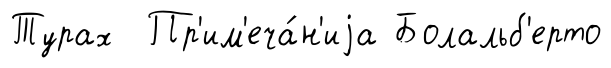
Турах Пр'им'еча́н'иjа Болальб'ерто